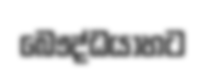
බෞද්ධයාහට